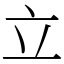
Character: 立